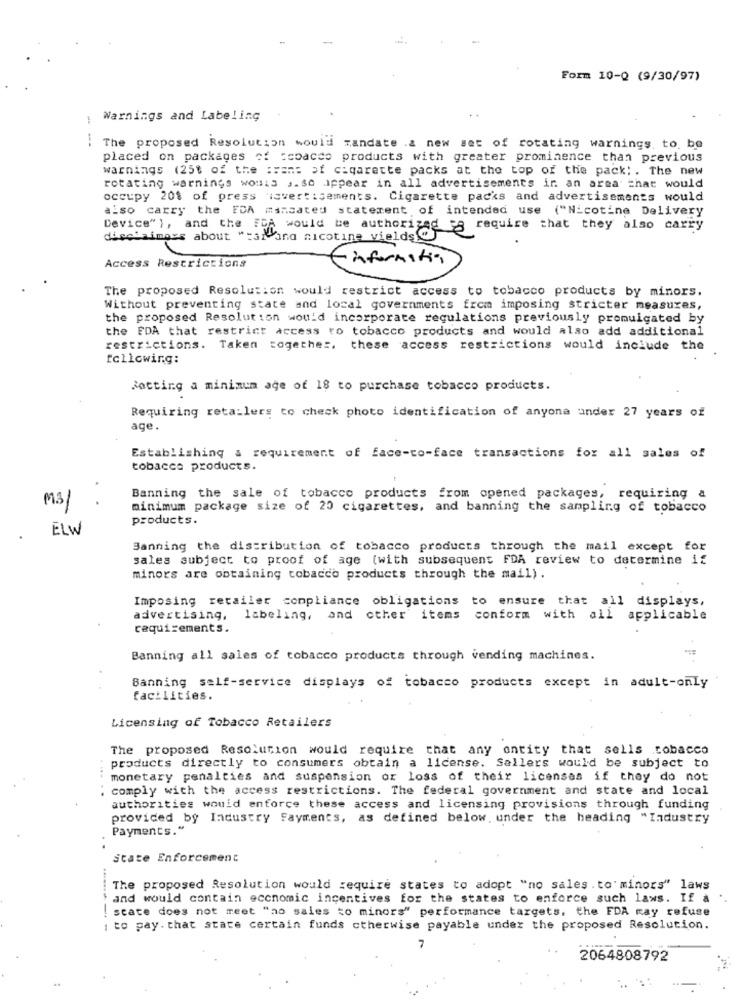
Form 10-Q (9/30/97)
Warnings and Labeling
: The proposed Resolution would mandate .a new set of rotating warnings to. be
placed on packages of tobacco products with greater prominence than previous
warnings (25% of the :wams of cigarette packs at the top of the pack ;. The new
rotating warnings wouis ,. so appear in all advertisements in an area that would
occupy 201 of press 'isvert :sements. Cigarette packs and advertisements would
also carry the FDA msncated statement of intended use ("Nicotine Delivery
Device"}, and the FDA would be authorized og require that they also carry
diecizimors about ""ai and nicotine vields @
Access Restrictions
(information
The proposed Resolution would restrict access to tobacco products by minors.
Without preventing state and local governments from imposing stricter measures,
the proposed Resolution would incorporate regulations previously promulgated by
the FDA that restrict access to tobacco products and would also add additional
restrictions. Taken together. these access restrictions would include the
following:
Setting a minimum age of 18 to purchase tobacco products.
Requiring retailers to check photo identification of anyona under 27 years of
age.
Establishing & requirement of face-to-face transactions for all sales of
tobacco products.
M3
Banning the sale of tobacco products from opened packages, requiring a
minimum package size of 20 cigarettes, and banning the sampling of tobacco
products.
ELW
Sanning the distribution of tobacco products through the mail except for
sales subject to proof of age (with subsequent FDA review to determine if
minors are obtaining tobacco products through the mail) .
Imposing retailer compliance obligations to ensure that all displays,
advertising.
labeling, and other items conform with all applicable
requirements.
-
Banning all sales of tobacco products through vending machines.
Banning self-service displays of tobacco products except in adult-only
facilities.
Licensing of Tobacco Retailers
The proposed Resolution would require that any entity that sells tobacco
products directly to consumers obtain a license. Sallers would be subject to
monetary penalties and suspension or loss of their licenses if they do not
: comply with the access restrictions. The federal government and state and local
authorities would enforce these access and licensing provisions through funding
provided by Industry Fayments, as defined below. under the heading "Industry
Payments."
..
state Enforcement
The proposed Resolution would require states to adopt "no sales . to' minors" laws
and would contain eccnomic incentives for the states to enforce such laws. If a
state does not meet "no sales to minors" performance targets, the FDA may refuse
: to pay. that state certain funds otherwise payable under the proposed Resolution.
2064808792